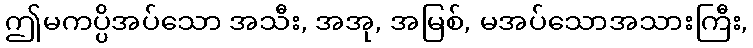
ဤမကပ္ပိအပ်သော အသီး, အအု, အမြစ်, မအပ်သောအသားကြီး,